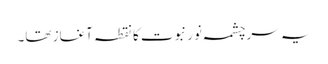
یہ سرچشمہ نور نبوت کا نقطہ آغاز تھا۔